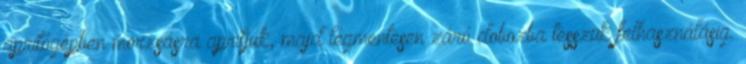
aprítógépben morzsásra aprítjuk, majd légmentesen záró dobozba tesszük felhasználásig.